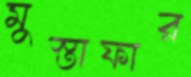
মুস্তাফার